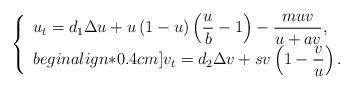
LaTeX: \begin{align*}\left\{\begin{array}{l}u_t=d_{1}\Delta u+u\left(1-u\right)\left(\displaystyle\frac{u}{b}-1\right)-\displaystyle \frac{muv}{u+av}, \\begin{align*}0.4cm]v_t=d_{2}\Delta v+s v\left(1-\displaystyle\frac{v}{u}\right).\end{array}\right.\end{align*}